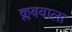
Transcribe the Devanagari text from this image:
क्लबवाला